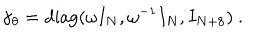
LaTeX: \gamma _ { \theta } = \mathrm { d i a g } ( \omega I _ { N } , \omega ^ { - 1 } I _ { N } , I _ { N + 8 } ) ~ .